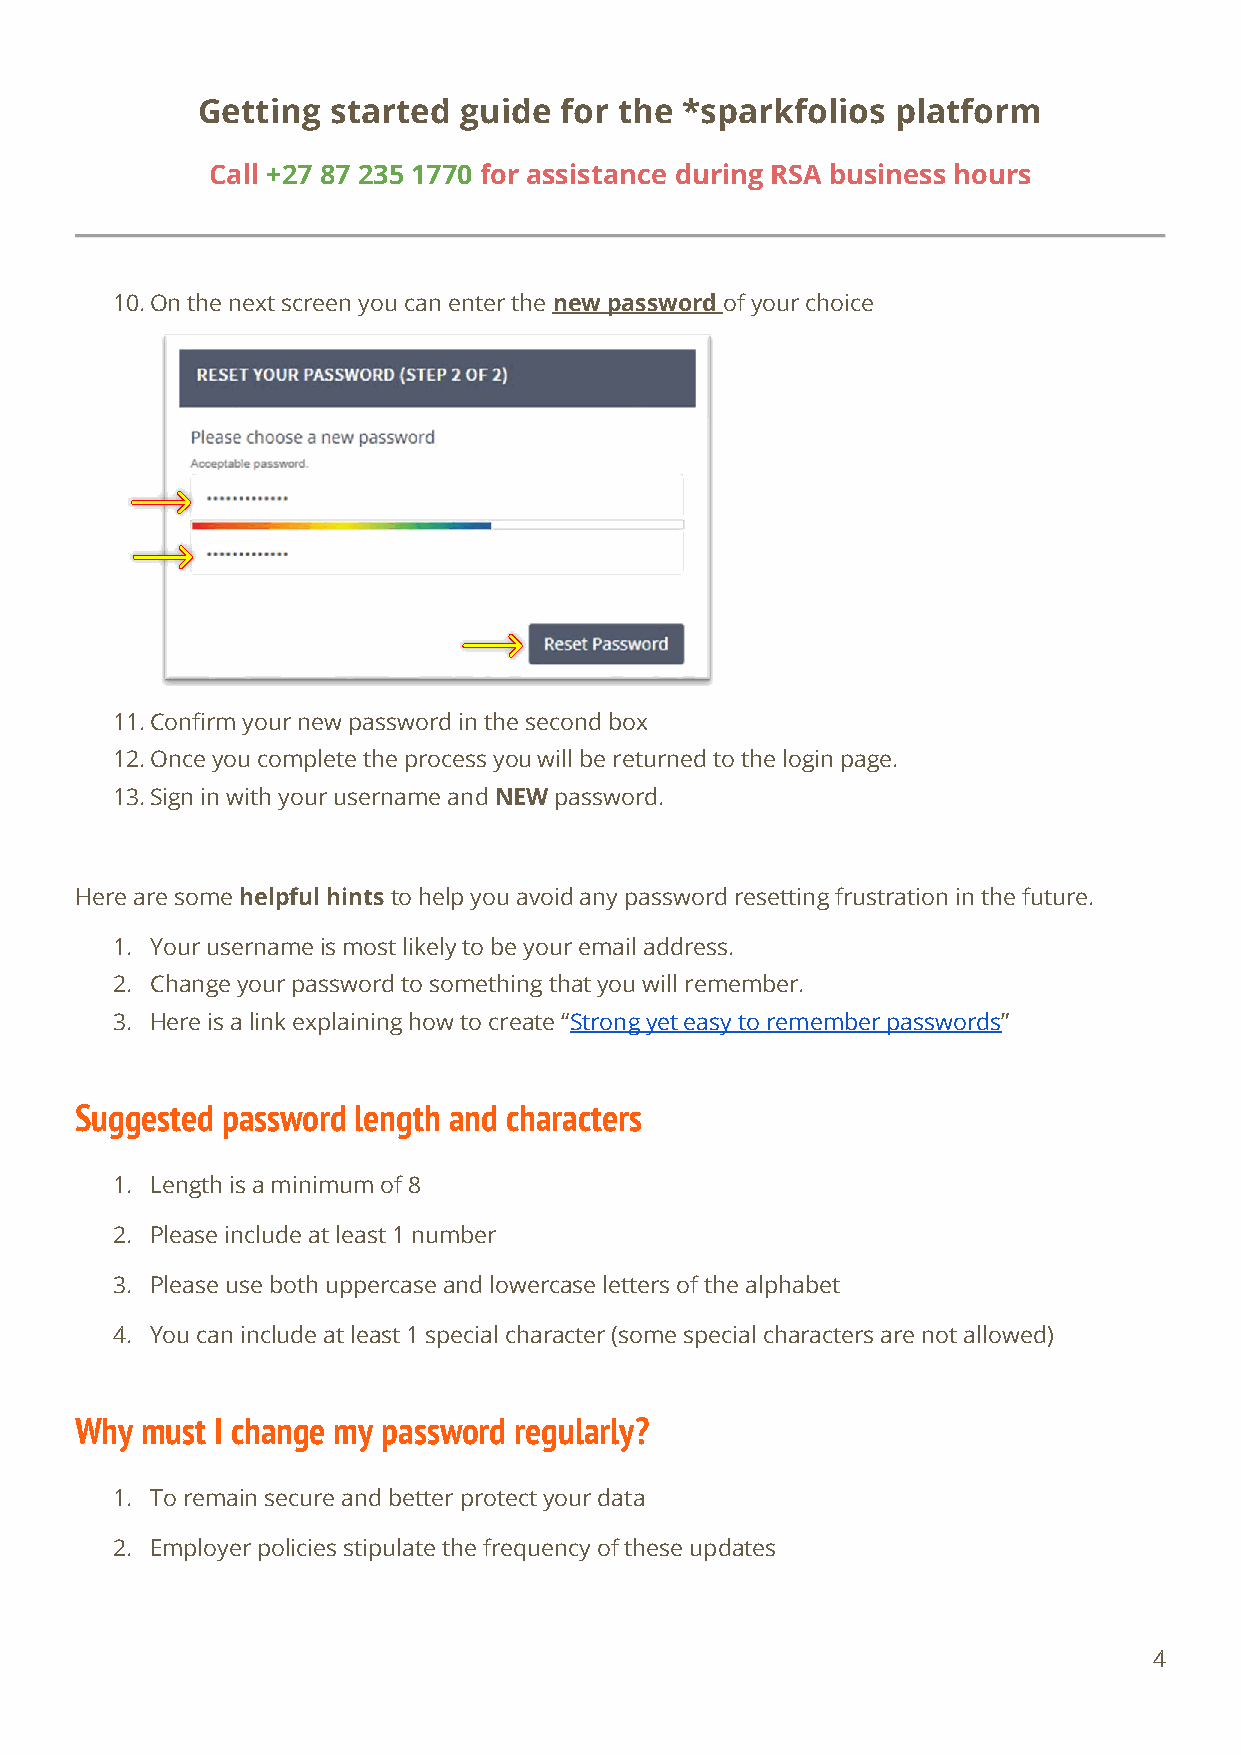
Getting  started guide  for the *sparkfolios  platform
 Call +27 87 235 1770 for assistance during RSA business hours
 10. On the next screen you can enter the new password of your choice
 11. Confirm your new password in the second box
 12. Once you complete the process you will be returned to the login page.
 13. Sign in with your username and NEW password.
 Here are some helpful hints to help you avoid any password resetting frustration in the future.
 1. Your username is most likely to be your email address.
 2. Change your password to something that you will remember.
 3. Here is a link explaining how to create “Strong yet easy to remember passwords”
 Suggested password length and characters
 1. Length is a minimum of 8
 2. Please include at least 1 number
 3. Please use both uppercase and lowercase letters of the alphabet
 4. You can include at least 1 special character (some special characters are not allowed)
 Why must I change my password regularly?
 1. To remain secure and better protect your data
 2. Employer policies stipulate the frequency of these updates
 4